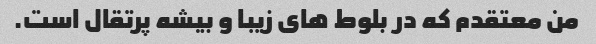
من معتقدم که در بلوط های زیبا و بیشه پرتقال است.